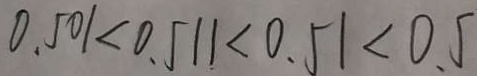
0 . 5 0 1 < 0 . 5 1 1 < 0 . 5 1 < 0 . 5